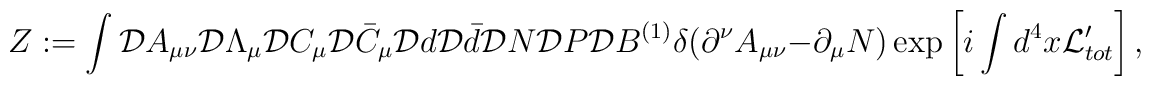
Z := \int {\cal D}A_{\mu\nu} {\cal D}\Lambda_\mu {\cal D}C_\mu {\cal D}\bar C_\mu {\cal D}d {\cal D}\bar d {\cal D}N   {\cal D}P {\cal D}B^{(1)} \delta(\partial^\nu A_{\mu\nu}-\partial_\mu N)\exp \left[ i \int d^4x {\cal L}_{tot}' \right] ,